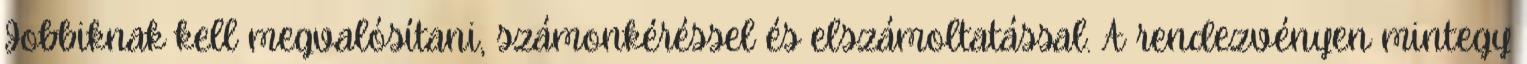
Jobbiknak kell megvalósítani, számonkéréssel és elszámoltatással. A rendezvényen mintegy